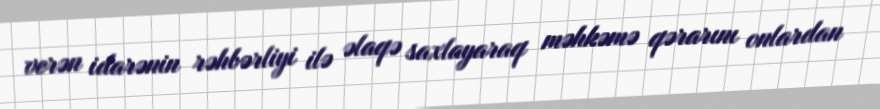
verən idarənin rəhbərliyi ilə əlaqə saxlayaraq məhkəmə qərarını onlardan